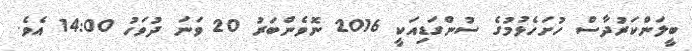
ބީލަންކަރުދާސް ހުށަހެޅުމުގެ ސުންގަޑިއަކީ 2016 ނޮވެންބަރު 20 ވަނަ ދުވަހު 14:00 އެވެ.